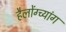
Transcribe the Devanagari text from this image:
हैलोंग्च्यांग